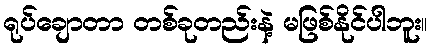
ရုပ်ချောတာ တစ်ခုတည်းနဲ့ မဖြစ်နိုင်ပါဘူး။